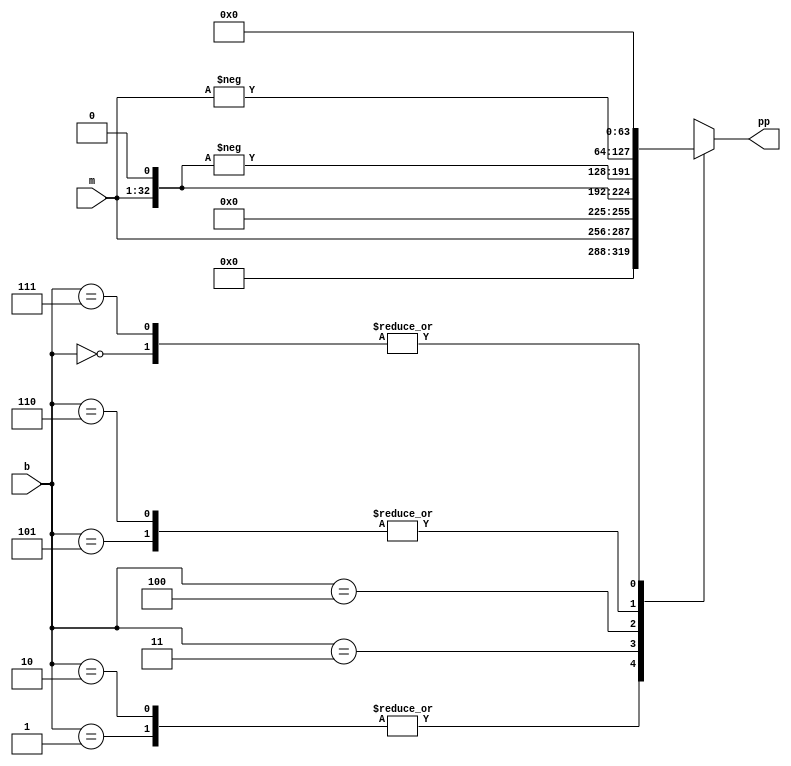
module booth_enc(b, m, pp);
    parameter N = 32;
    parameter M = 64;
    input [2:0] b;
    input [N-1:0] m;
    output reg [M-1:0] pp;
   
    always@ * begin
        case(b) 
            3'b000: pp <= 64'b0;
            3'b001: pp <= m; 
            3'b010: pp <= m; 
            3'b011: pp <= m << 1; 
            3'b100: pp <= -(m << 1); 
            3'b101: pp <= -m; 
            3'b110: pp <= -m; 
            3'b111: pp <= 64'b0; 
        endcase
            
    end 

endmodule